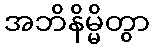
အဘိနိမ္မိတွာ